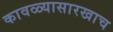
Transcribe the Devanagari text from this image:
कावळ्यासारखाच